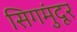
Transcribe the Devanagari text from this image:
सिगमुंदूर